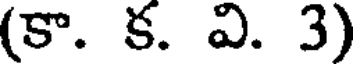
(కా. క. వి. 3)